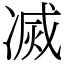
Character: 㓕